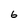
Character: 6